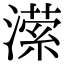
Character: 潆